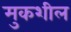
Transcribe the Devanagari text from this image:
मुकशील